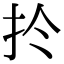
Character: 扵